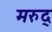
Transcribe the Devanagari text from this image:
मरुद्